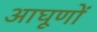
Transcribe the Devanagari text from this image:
आघूणों